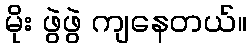
မိုး ဖွဲဖွဲ ကျနေတယ်။